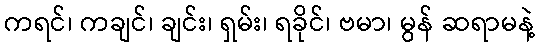
ကရင်၊ ကချင်၊ ချင်း၊ ရှမ်း၊ ရခိုင်၊ ဗမာ၊ မွန် ဆရာမနဲ့